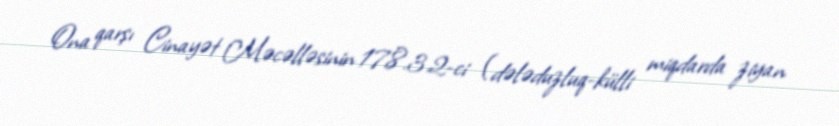
Ona qarşı Cinayət Məcəlləsinin 178.3.2-ci (dələduzluq-külli miqdarda ziyan